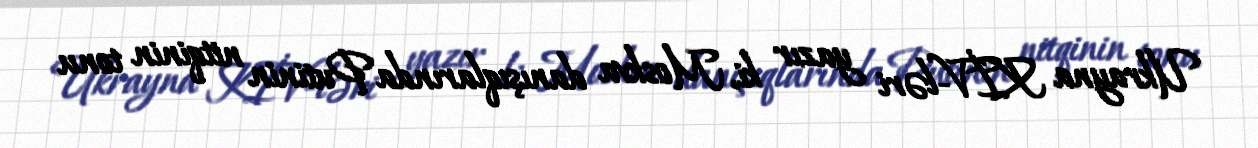
Ukrayna KİV-ləri yazır ki, Moskva danışıqlarında Putinin nitqinin tonu